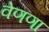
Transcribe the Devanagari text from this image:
वेणणा